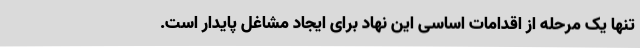
تنها یک مرحله از اقدامات اساسی این نهاد برای ایجاد مشاغل پایدار است.